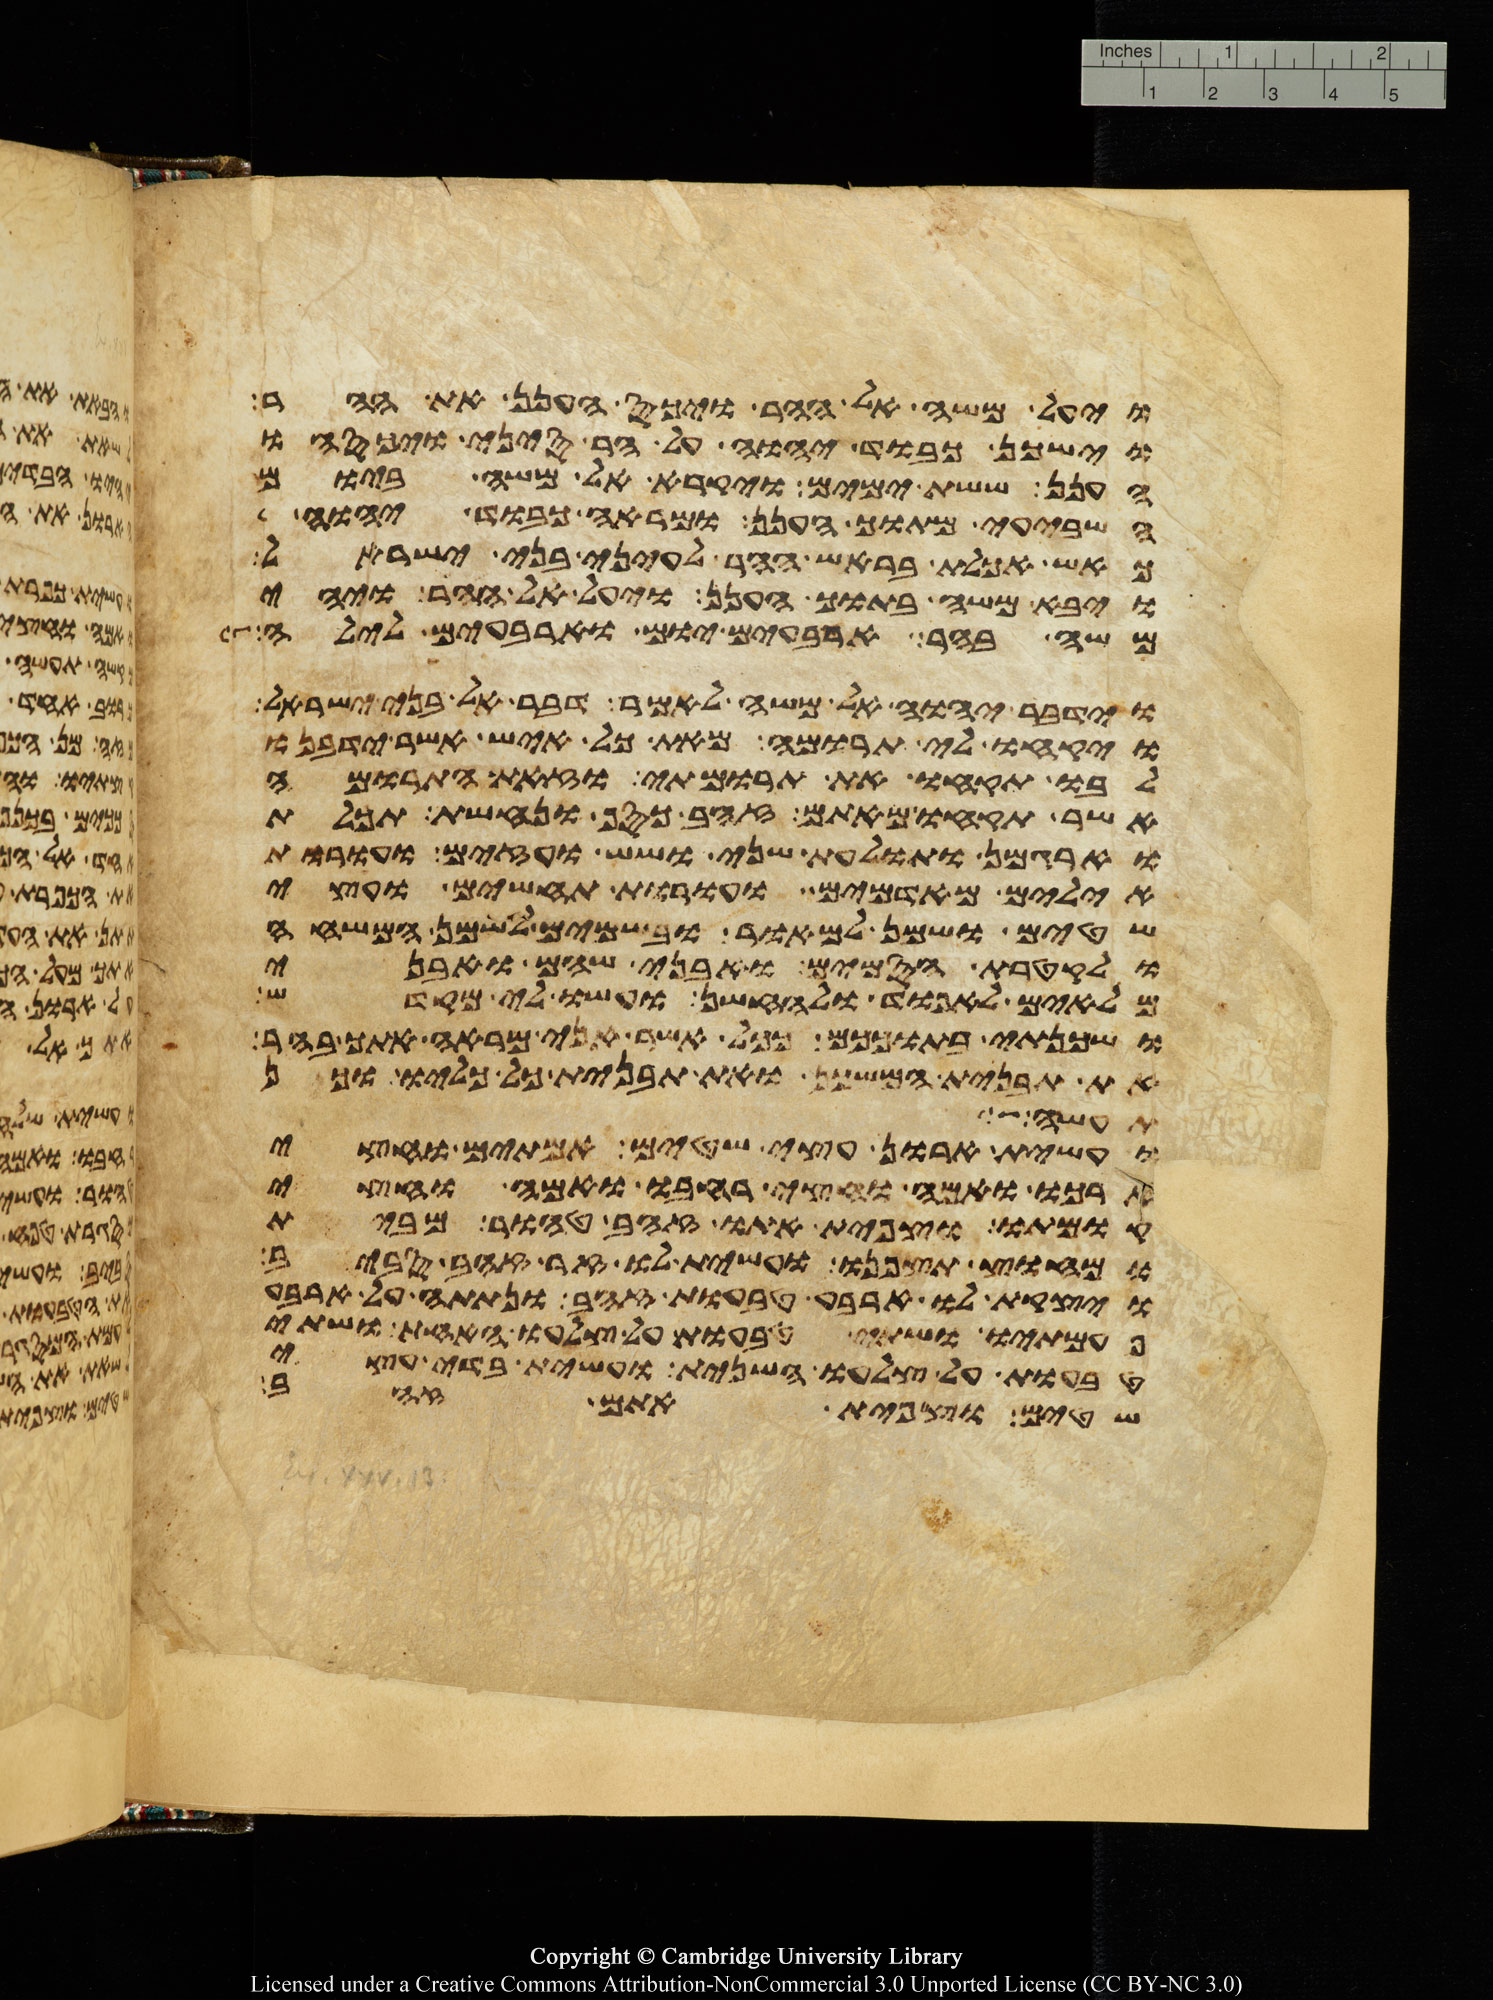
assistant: ויעל משה אל ההר ויכס הענן את ההר
וישכן כבוד יהוה על הר סיני ויכסהו
הענן ששת ימים ויקרא אל משה ביום
השביעי מתוך הענן ומראה כבוד יהוה
כאש אכלת בראש ההר לעיני בני ישראל
ויבא משה בתוך הענן ויעל אל ההר ויהי
משה בהר ארבעים יום וארבעים לילה
וידבר יהוה אל משה לאמר דבר אל בני ישראל
ויקחו לי תרומה מאת כל איש אשר ידבנו
לבו תקחו את תרומתי וזאת התרומה
אשר תקחו מאתם זהב כסף ונחשת תכלת
וארגמן ותולעת שני ושש ועזים ועורות
אילים מאדמים ועורות תחשים ועצי
שטים ושמן למאור ובשמים לשמן המשחה
ולקטרת הסמים ואבני שהם ואבני
מלאים לאפוד ולחשן ועשו לי מקדש
ושכנתי בתוככם ככל אשר אני מראה אתך בהר
את תבנית המשכן ואת תבנית כל כליו וכן
תעשה וצוך
ועשית ארון עצי שטים אמתים וחצי
ארכו ואמה וחצי רחבו ואמה וחצי
קומתו וצפית אתו זהב טהור מבית
ומחוץ תצפנו ועשית לו זר זהב סביב
ויצקת לו ארבע טבעות זהב ונתתה על ארבע
פעמתיו ושתי טבעות על צלעו האחד ושתי
טבעות על צלעו השני ועשית בדי עצי
שטים וצפית אתם זהב